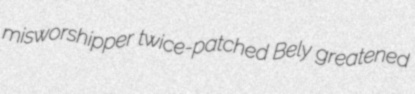
misworshipper twice-patched Bely greatened